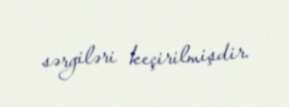
sərgiləri keçirilmişdir.